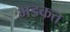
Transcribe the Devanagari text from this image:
भडकत